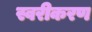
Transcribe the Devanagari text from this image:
स्वरीकरण